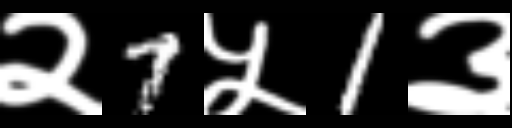
Text: २7५1३